Annual report of the Imperial Bacteriologist
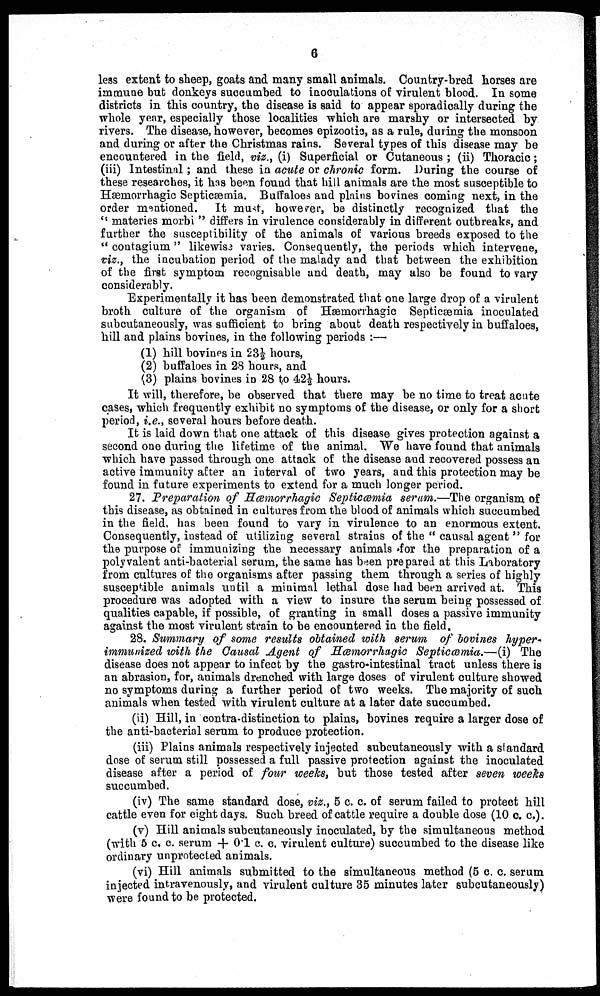
6
less extent to sheep, goats and many small animals. Country-bred horses are
immune but donkeys succumbed to inoculations of virulent blood. In some
districts in this country, the disease is said to appear sporadically during the
whole year, especially those localities which are marshy or intersected by
rivers. The disease, however, becomes epizootic, as a rule, during the monsoon
and during or after the Christmas rains. Several types of this disease may be
encountered in the field, viz., (i) Superficial or Cutaneous ; (ii) Thoracic;
(iii) Intestinal; and these in acute or chronic form. During the course of
these researches, it has been found that hill animals are the most susceptible to
Hæmorrhagic Septicæmia. Buffaloes and plains bovines coming next, in the
order mentioned. It must, however, be distinctly recognized that the
" materies morbi " differs in virulence considerably in different outbreaks, and
further the susceptibility of the animals of various breeds exposed to the
" contagium" likewise varies. Consequently, the periods which intervene,
viz., the incubation period of the malady and that between the exhibition
of the first symptom recognisable and death, may also be found to vary
considerably.
Experimentally it has been demonstrated that one large drop of a virulent
broth culture of the organism of Hæmorrhagic Septicæmia inoculated
subcutaneously, was sufficient to bring about death respectively in buffaloes,
hill and plains bovines, in the following periods :—
(1) hill bovines in 23½ hours,
(2) buffaloes in 28 hours, and
(3) plains bovines in 28 to 42½ hours.
It will, therefore, be observed that there may be no time to treat acute
cases, which frequently exhibit no symptoms of the disease, or only for a short
period, i.e., several hours before death.
It is laid down that one attack of this disease gives protection against a
second one during the lifetime of the animal. We have found that animals
which have passed through one attack of the disease and recovered possess an
active immunity after an interval of two years, and this protection may be
found in future experiments to extend for a much longer period.
27. Preparation of Hæmorrhagic Septicæmia serum.—The organism of
this disease, as obtained in cultures from the blood of animals which succumbed
in the field, has been found to vary in virulence to an enormous extent.
Consequently, instead of utilizing several strains of the " causal agent " for
the purpose of immunizing the necessary animals for the preparation of a
polyvalent anti-bacterial serum, the same has been prepared at this Laboratory
from cultures of the organisms after passing them through a series of highly
susceptible animals until a minimal lethal dose had been arrived at. This
procedure was adopted with a view to insure the serum being possessed of
qualities capable, if possible, of granting in small doses a passive immunity
against the most virulent strain to be encountered in the field.
28. Summary of some results obtained with serum of bovines hyper-
immunized with the Causal Agent of Hæmorrhagic Septicæmia.—(i) The
disease does not appear to infect by the gastro-intestinal tract unless there is
an abrasion, for, animals drenched with large doses of virulent culture showed
no symptoms during a further period of two weeks. The majority of such
animals when tested with virulent culture at a later date succumbed.
(ii) Hill, in contra-distinction to plains, bovines require a larger dose of
the anti-bacterial serum to produce protection.
(iii) Plains animals respectively injected subcutaneously with a standard
dose of serum still possessed a full passive protection against the inoculated
disease after a period of four weeks, but those tested after seven weeks
succumbed.
(iv) The same standard dose, viz., 5 c. c. of serum failed to protect hill
cattle even for eight days. Such breed of cattle require a double dose (10 c. c.).
(v) Hill animals subcutaneously inoculated, by the simultaneous method
(with 5 c. c. serum + 0.1 c. c. virulent culture) succumbed to the disease like
ordinary unprotected animals.
(vi) Hill animals submitted to the simultaneous method (5 c. c. serum
injected intravenously, and virulent culture 35 minutes later subcutaneously)
were found to be protected.